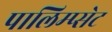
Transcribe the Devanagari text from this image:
पालिम्प्सेट